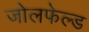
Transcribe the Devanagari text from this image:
जोलफेल्ड